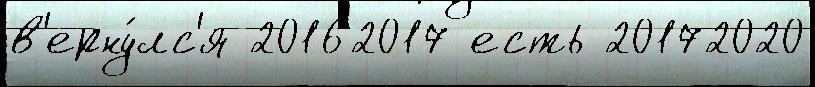
в'ерну́лс'я 20162017 есть 20172020